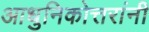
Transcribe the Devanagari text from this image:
आधुनिकोत्तरांनी